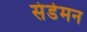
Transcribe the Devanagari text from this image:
संडेमन